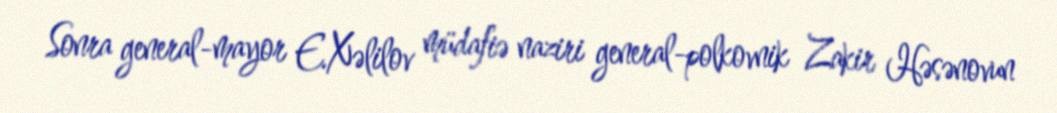
Sonra general-mayor E.Xəlilov müdafiə naziri general-polkovnik Zakir Həsənovun